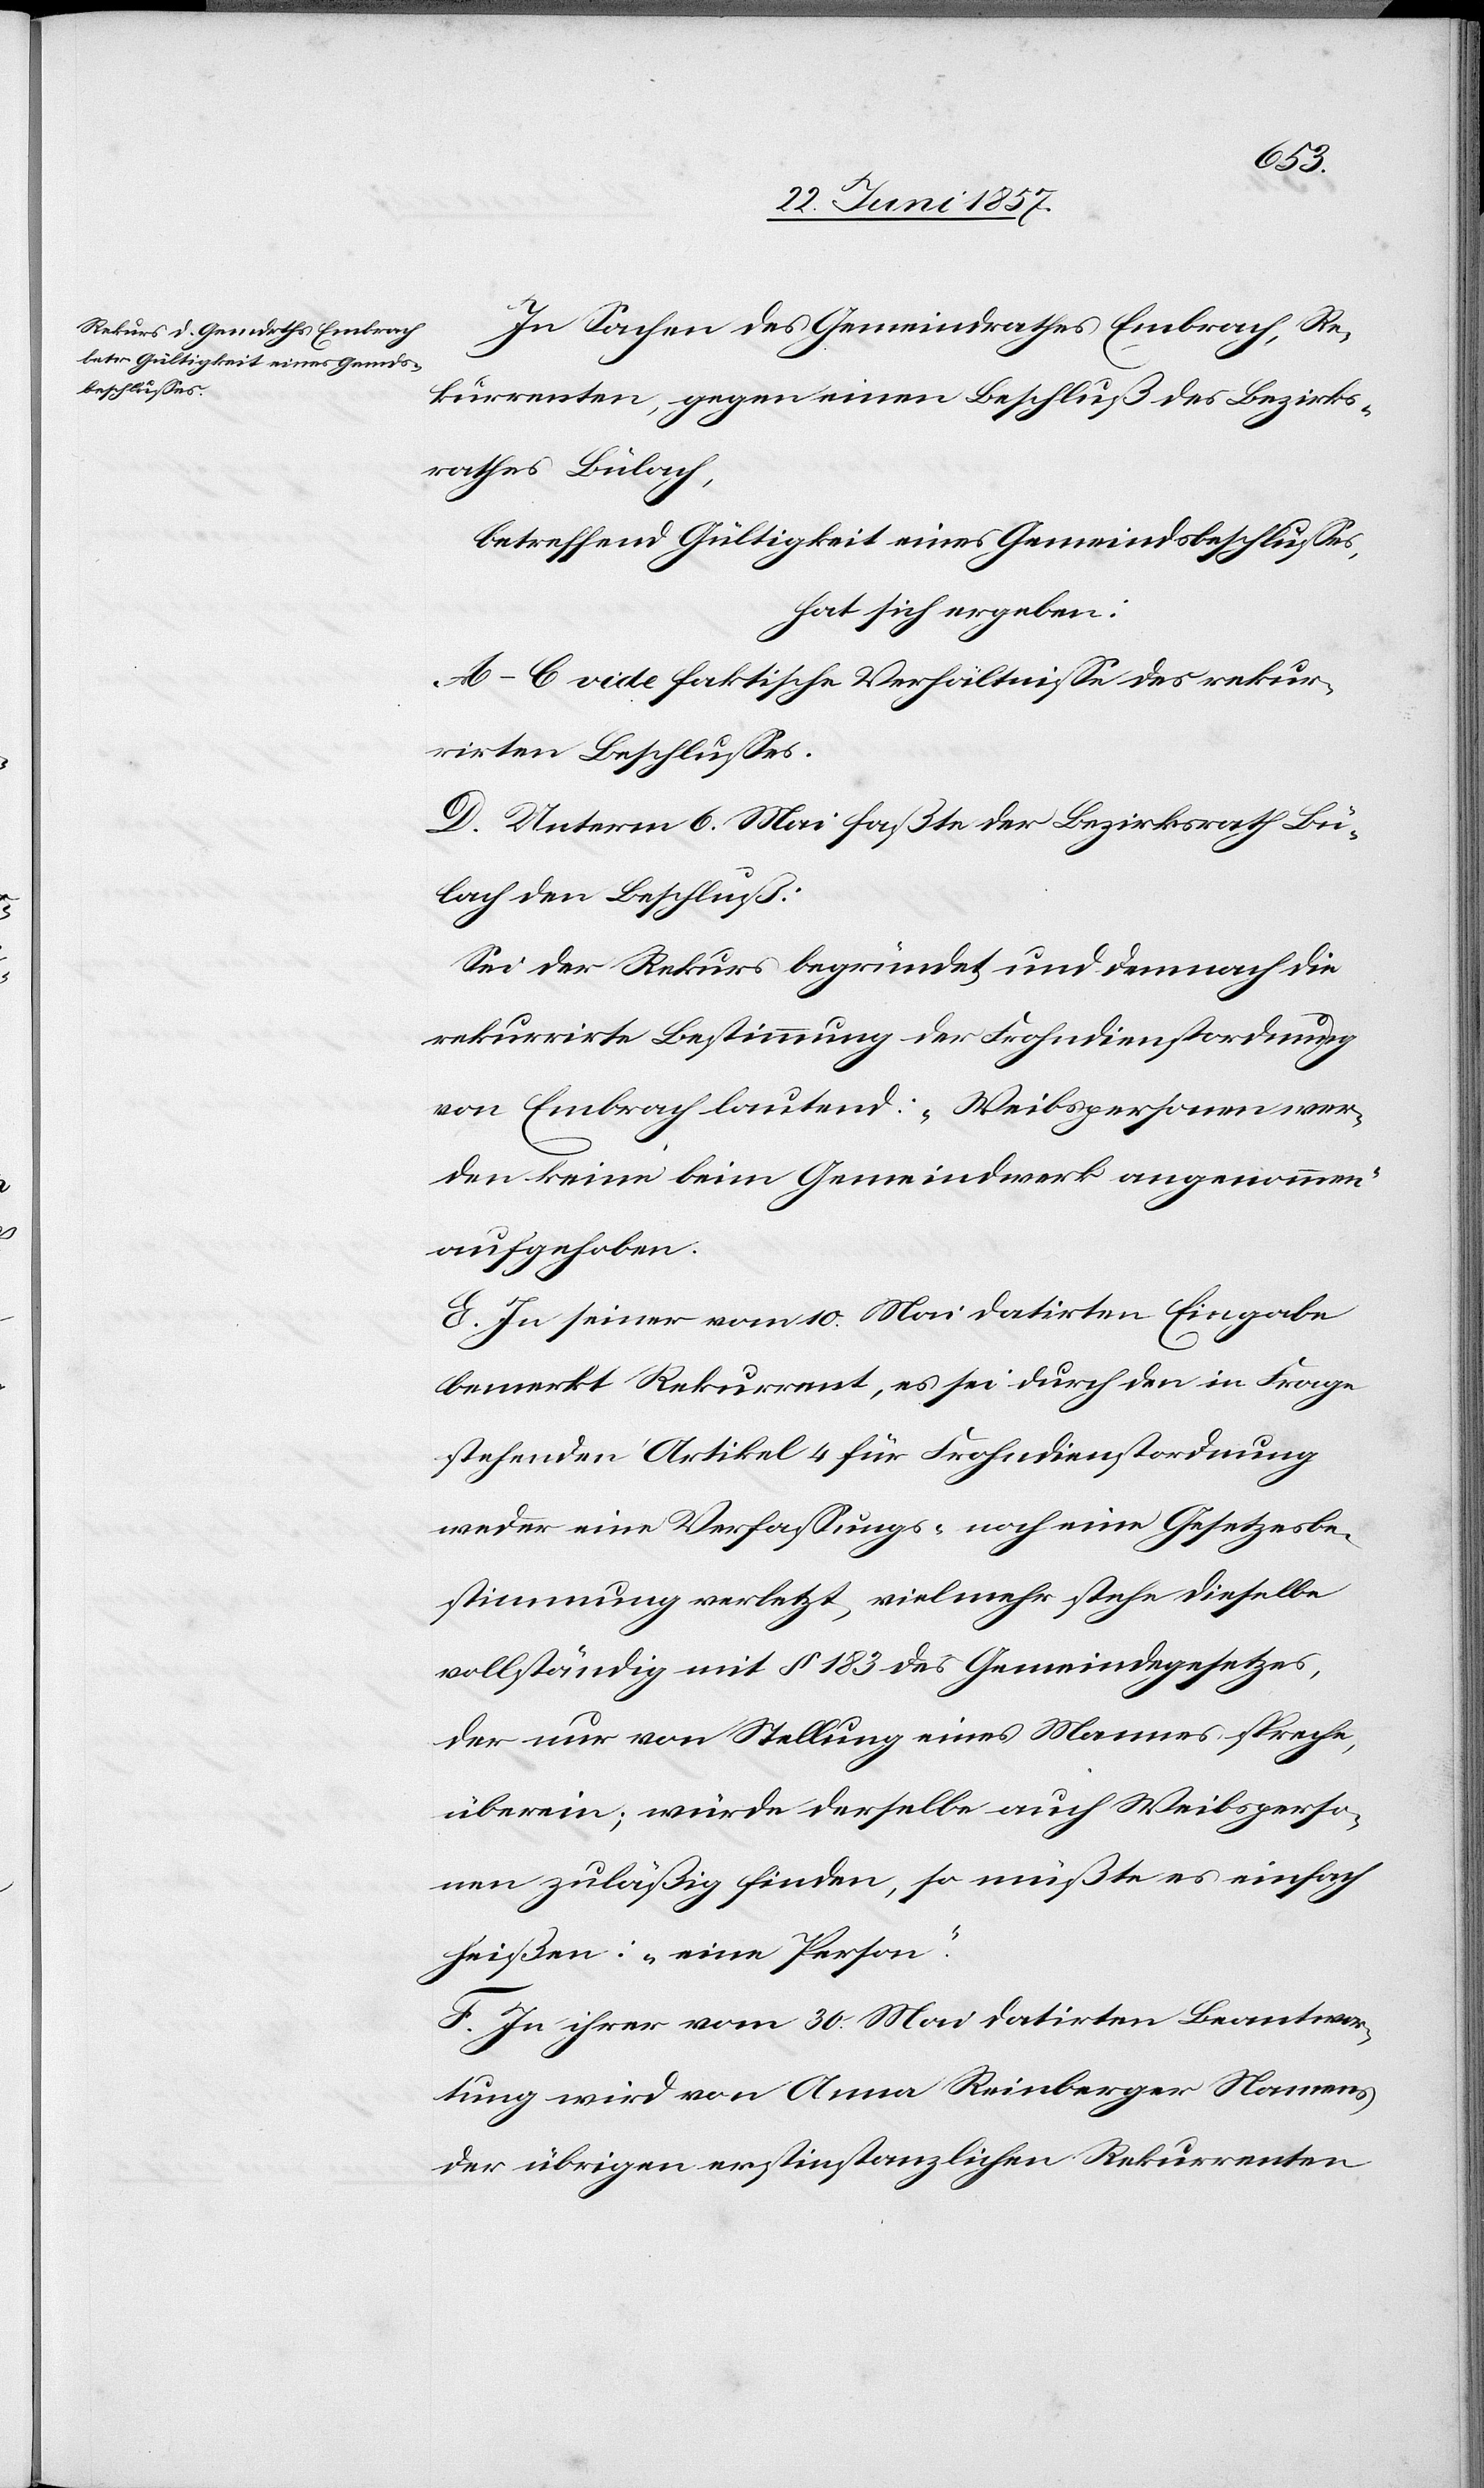
In Sachen des Gemeindrathes Embrach, Re¬
kurrenten, gegen einen Beschluß des Bezirks¬
rathes Bülach,
betreffend Gültigkeit eines Gemeindsbeschlusses,
hat sich ergeben:
A–C vide faktische Verhältnisse rekur¬
rirten Beschlusses.
D. Unterm 6 Mai faßte der Bezirksrath Bü¬
lach den Beschluß:
Sei der Rekurs begründet und demnach die
rekurrirte Bestimmung der Frohndienstordnung
von Embrach lautend: „Weibspersonen wer¬
den keine beim Gemeindwerk angenommen“
aufgehoben.
E. In seiner vom 10 Mai datirten Eingabe
bemerkt Rekurrent, es sei durch den in Frage
stehenden Artikel 4 für Frohndienstordnung
weder eine Verfassungs- noch eine Gesetzesbe¬
stimmung verletzt, vielmehr stehe dieselbe
vollständig mit § 183 des Gemeindgesetzes,
der nur von Stellung eines Mannes spreche,
überein; würde derselbe auch Weibsperso¬
nen zuläßig finden, so müßte es einfach
heißen: „eine Person.“
F. In ihrer vom 30 Mai datirten Beantwor¬
tung wird von Anna Reinberger namens
der übrigen erstinstanzlichen Rekurrenten